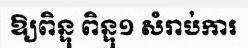
ឱ្យពិន្ទុ ពិន្ទុ១ សំរាប់ការ